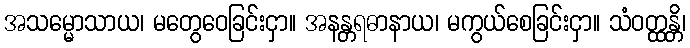
အသမ္မောသာယ၊ မတွေဝေခြင်းငှာ။ အနန္တရဓာနာယ၊ မကွယ်စေခြင်းငှာ။ သံဝတ္ထန္တိ၊